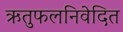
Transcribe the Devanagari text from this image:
ऋतुफलनिवेदित